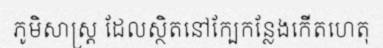
ភូមិសាស្ត្រ ដែលស្ថិតនៅក្បែកន្លែងកើតហេតុ